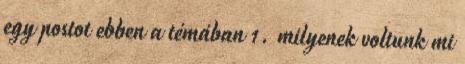
egy postot ebben a témában 1. milyenek voltunk mi